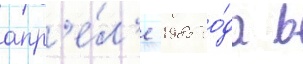
апр'е́л'е 1985 го́да в